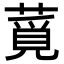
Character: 𦸡